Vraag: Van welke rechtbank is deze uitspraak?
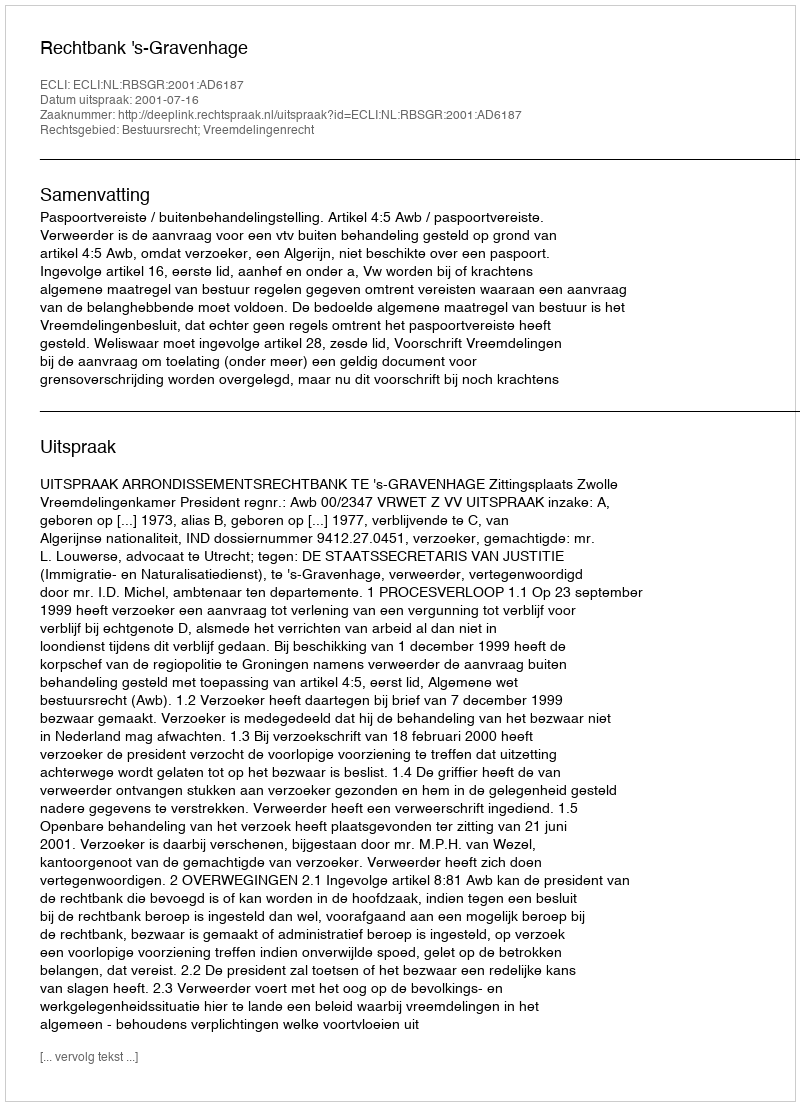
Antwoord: Rechtbank 's-Gravenhage